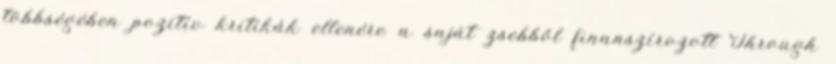
többségében pozitív kritikák ellenére a saját zsebből finanszírozott Through